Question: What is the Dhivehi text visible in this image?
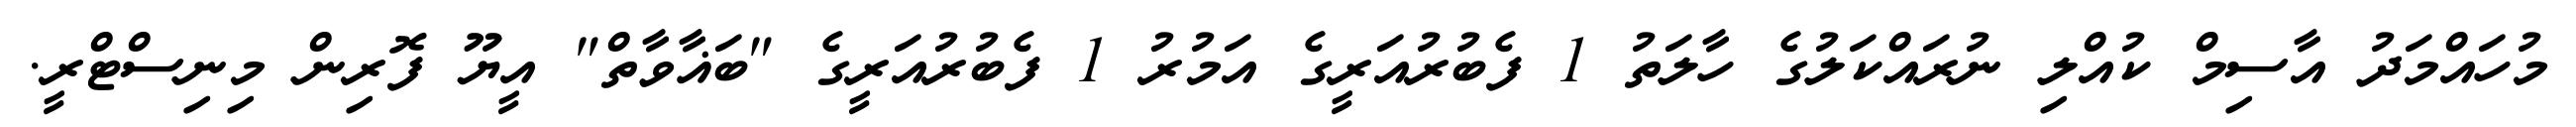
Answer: މުހައްމަދު އާސިމް ކުއްލި ނުރައްކަލުގެ ހާލަތު 1 ފެބުރުއަރީގެ އަމުރު 1 ފެބުރުއަރީގެ "ބަޣާވާތް" އީޔޫ ފޮރިން މިނިސްޓްރީ.